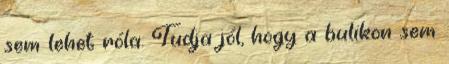
sem lehet róla. Tudja jól, hogy a bulikon sem